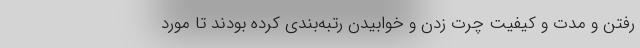
رفتن و مدت و کیفیت چرت زدن و خوابیدن رتبه‌بندی کرده بودند تا مورد